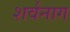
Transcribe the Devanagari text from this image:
शर्वनाग